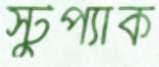
স্টুপ্যাক